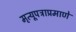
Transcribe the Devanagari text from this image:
मृत्यूपत्राप्रमाणे